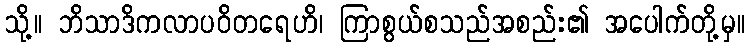
သို့။ ဘိသာဒိကလာပဝိတရေဟိ၊ ကြာစွယ်စသည်အစည်း၏ အပေါက်တို့မှ။